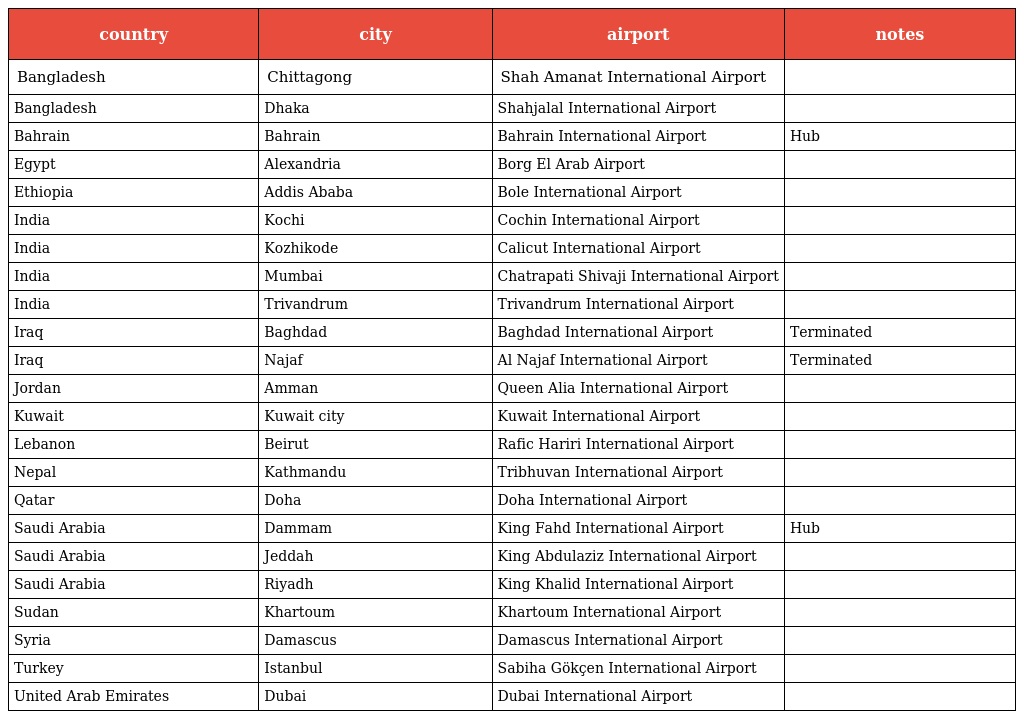
| country | city | airport | notes |
 | --- | --- | --- | --- |
 | Bangladesh | Chittagong | Shah Amanat International Airport |  |
 | Bangladesh | Dhaka | Shahjalal International Airport |  |
 | Bahrain | Bahrain | Bahrain International Airport | Hub |
 | Egypt | Alexandria | Borg El Arab Airport |  |
 | Ethiopia | Addis Ababa | Bole International Airport |  |
 | India | Kochi | Cochin International Airport |  |
 | India | Kozhikode | Calicut International Airport |  |
 | India | Mumbai | Chatrapati Shivaji International Airport |  |
 | India | Trivandrum | Trivandrum International Airport |  |
 | Iraq | Baghdad | Baghdad International Airport | Terminated |
 | Iraq | Najaf | Al Najaf International Airport | Terminated |
 | Jordan | Amman | Queen Alia International Airport |  |
 | Kuwait | Kuwait city | Kuwait International Airport |  |
 | Lebanon | Beirut | Rafic Hariri International Airport |  |
 | Nepal | Kathmandu | Tribhuvan International Airport |  |
 | Qatar | Doha | Doha International Airport |  |
 | Saudi Arabia | Dammam | King Fahd International Airport | Hub |
 | Saudi Arabia | Jeddah | King Abdulaziz International Airport |  |
 | Saudi Arabia | Riyadh | King Khalid International Airport |  |
 | Sudan | Khartoum | Khartoum International Airport |  |
 | Syria | Damascus | Damascus International Airport |  |
 | Turkey | Istanbul | Sabiha Gökçen International Airport |  |
 | United Arab Emirates | Dubai | Dubai International Airport |  |